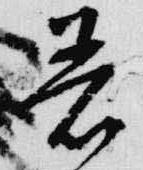
着